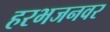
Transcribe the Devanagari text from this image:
हरभजनवर